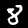
Label: 8